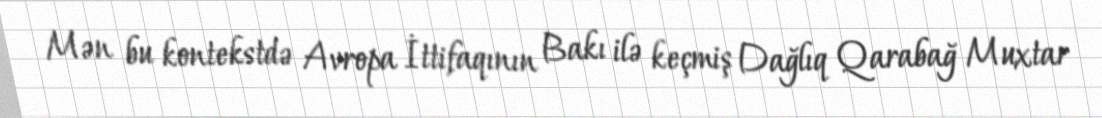
Mən bu kontekstdə Avropa İttifaqının Bakı ilə keçmiş Dağlıq Qarabağ Muxtar